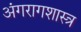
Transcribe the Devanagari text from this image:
अंगरागशास्त्र